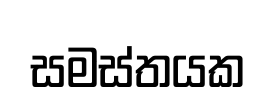
සමස්තයක